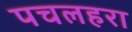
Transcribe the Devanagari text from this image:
पचलहरा